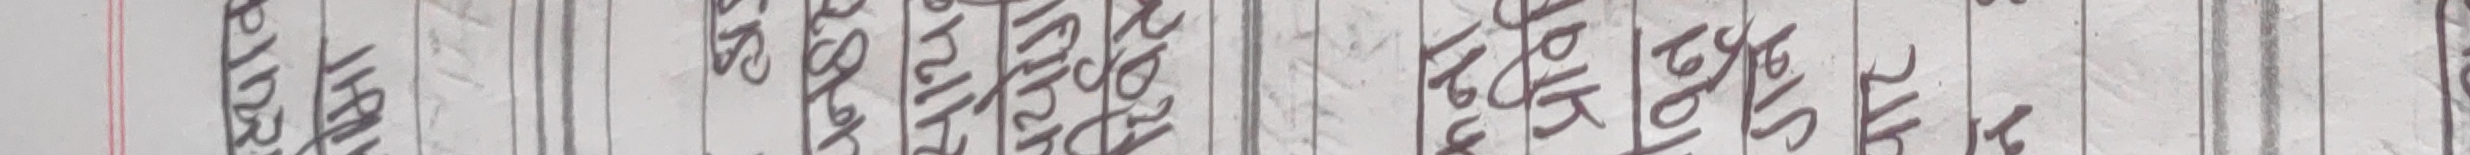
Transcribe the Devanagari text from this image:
भोजपुर तेह्रथुम धनकुटा सुनसरी मोरङ झापा